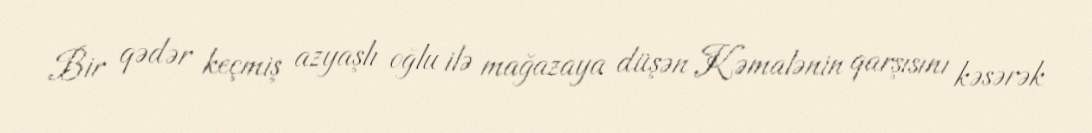
Bir qədər keçmiş azyaşlı oğlu ilə mağazaya düşən Kəmalənin qarşısını kəsərək